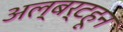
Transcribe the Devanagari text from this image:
अल्बर्टहून